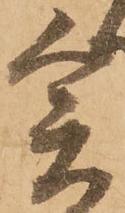
爰